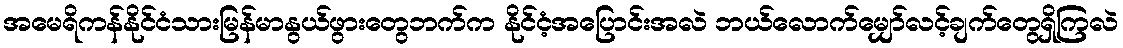
အမေရိကန်နိုင်ငံသားမြန်မာနွယ်ဖွားတွေဘက်က နိုင်ငံ့အပြောင်းအလဲ ဘယ်လောက်မျှော်လင့်ချက်တွေရှိကြလဲ